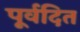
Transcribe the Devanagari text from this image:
पूर्वदित